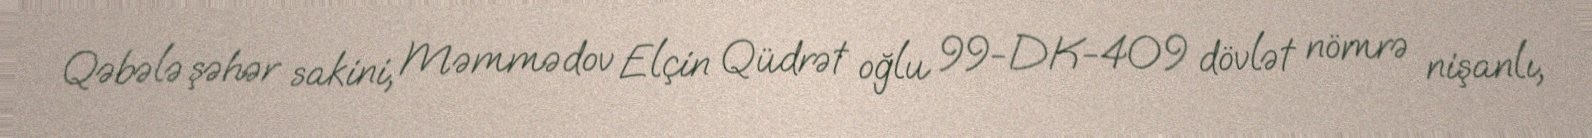
Qəbələ şəhər sakini, Məmmədov Elçin Qüdrət oğlu 99-DK-409 dövlət nömrə nişanlı,